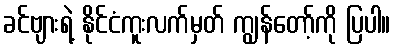
ခင်ဗျားရဲ့ နိုင်ငံကူးလက်မှတ် ကျွန်တော့်ကို ပြပါ။